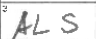
Transcription: ALS